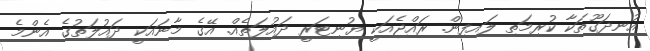
އުނދަގޫތަކާ ކުރިމަތި ލައިފިން. ރައްޖެއަކީ ޔުނިޓަރީ ދައުލަތެއް. އޭގެ މާނައަކީ ދައުލަތުގެ އެންމެ